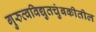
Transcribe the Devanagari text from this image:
गुरुत्वविद्युतचुंबकीतील